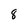
Character: 8